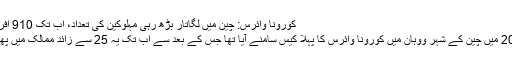
کورونا وائرس: چین میں لگاتار بڑھ رہی مہلوکین کی تعداد، اب تک 910 افراد کی موت
دسمبر 2019 میں چین کے شہر ووہان میں کورونا وائرس کا پہلا کیس سامنے آیا تھا جس کے بعد سے اب تک یہ 25 سے زائد ممالک میں پھیل چکا ہے۔